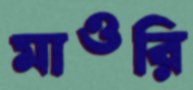
মাওরি